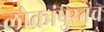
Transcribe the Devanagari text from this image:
लोकांपुरतेच